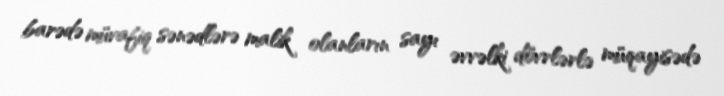
barədə müvafiq sənədlərə malik olanların sayı əvvəlki dövrlərlə müqayisədə